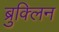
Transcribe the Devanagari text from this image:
ब्रुक्लिन